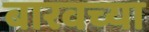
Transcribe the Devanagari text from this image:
बारवच्या